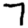
Digit: 7